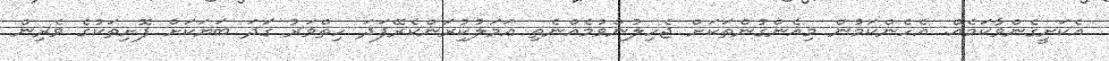
އެކަށީގެންވާކަމެއް. އެހެންކަމުން މިއެންގުންތަކަށް ޖެހިލުންވުމެއްނެތި ޢަމަލުކިުރަންކެރޭފަދަ ހިތްވަރު ގަދަ ބަޔަކަށް ފޮށިތަކުގެ ވެރިން